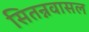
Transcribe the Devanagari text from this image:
सितन्नवासल